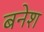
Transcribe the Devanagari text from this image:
बनेश